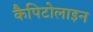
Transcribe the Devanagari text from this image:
कैपिटोलाइन